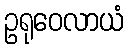
ဥရုဝေလာယံ